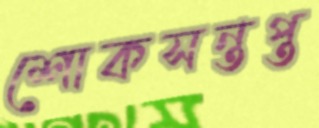
শোকসন্তপ্ত